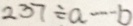
2 3 7 \div a \cdots b